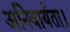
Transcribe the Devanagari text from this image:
अनिवार्यता।